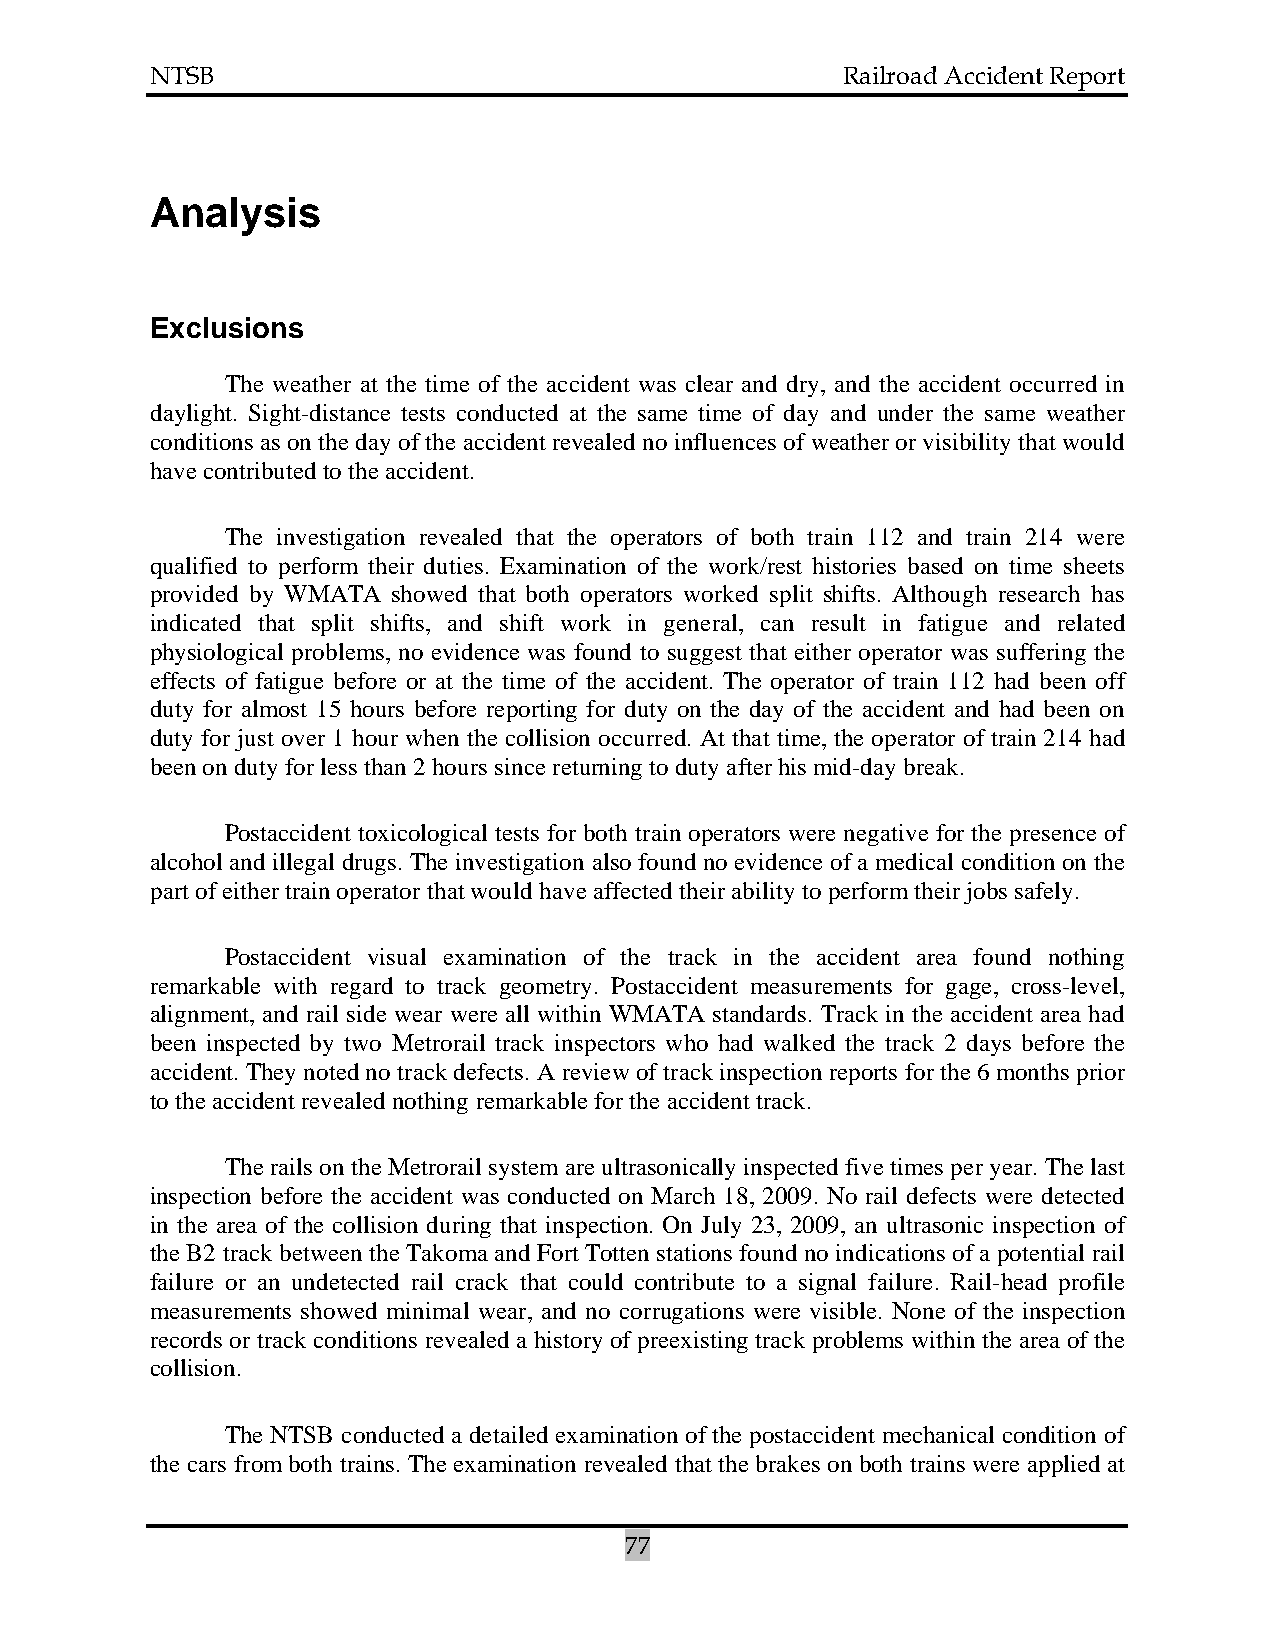
NTSB                                          Railroad Accident Report
 Analysis
 Exclusions
 The weather at the time of the accident was clear and dry, and the accident occurred in
 daylight. Sight-distance tests conducted at the same time of day and under the same weather
 conditions as on the day of the accident revealed no influences of weather or visibility that would
 have contributed to the accident.
 The investigation revealed that the operators of both train 112 and train 214 were
 qualified to perform their duties. Examination of the work/rest histories based on time sheets
 provided by WMATA showed that both operators worked split shifts. Although research has
 indicated that split shifts, and shift work in general, can result in fatigue and related
 physiological problems, no evidence was found to suggest that either operator was suffering the
 effects of fatigue before or at the time of the accident. The operator of train 112 had been off
 duty for almost 15 hours before reporting for duty on the day of the accident and had been on
 duty for just over 1 hour when the collision occurred. At that time, the operator of train 214 had
 been on duty for less than 2 hours since returning to duty after his mid-day break.
 Postaccident toxicological tests for both train operators were negative for the presence of
 alcohol and illegal drugs. The investigation also found no evidence of a medical condition on the
 part of either train operator that would have affected their ability to perform their jobs safely.
 Postaccident visual examination of the track in the accident area found nothing
 remarkable with regard to track geometry. Postaccident measurements for gage, cross-level,
 alignment, and rail side wear were all within WMATA standards. Track in the accident area had
 been inspected by two Metrorail track inspectors who had walked the track 2 days before the
 accident. They noted no track defects. A review of track inspection reports for the 6 months prior
 to the accident revealed nothing remarkable for the accident track.
 The rails on the Metrorail system are ultrasonically inspected five times per year. The last
 inspection before the accident was conducted on March 18, 2009. No rail defects were detected
 in the area of the collision during that inspection. On July 23, 2009, an ultrasonic inspection of
 the B2 track between the Takoma and Fort Totten stations found no indications of a potential rail
 failure or an undetected rail crack that could contribute to a signal failure. Rail-head profile
 measurements showed minimal wear, and no corrugations were visible. None of the inspection
 records or track conditions revealed a history of preexisting track problems within the area of the
 collision.
 The NTSB conducted a detailed examination of the postaccident mechanical condition of
 the cars from both trains. The examination revealed that the brakes on both trains were applied at
 77